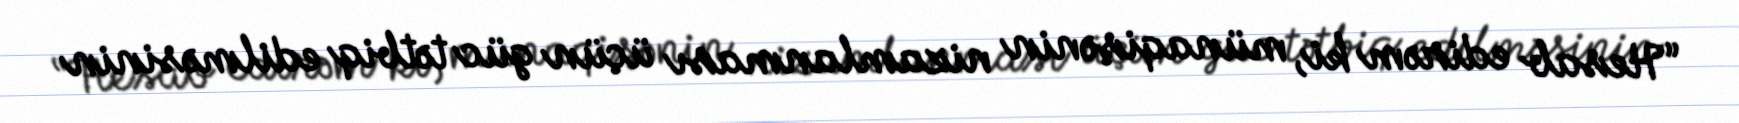
“Hesab edirəm ki, münaqişənin nizamlanması üçün güc tətbiq edilməsinin